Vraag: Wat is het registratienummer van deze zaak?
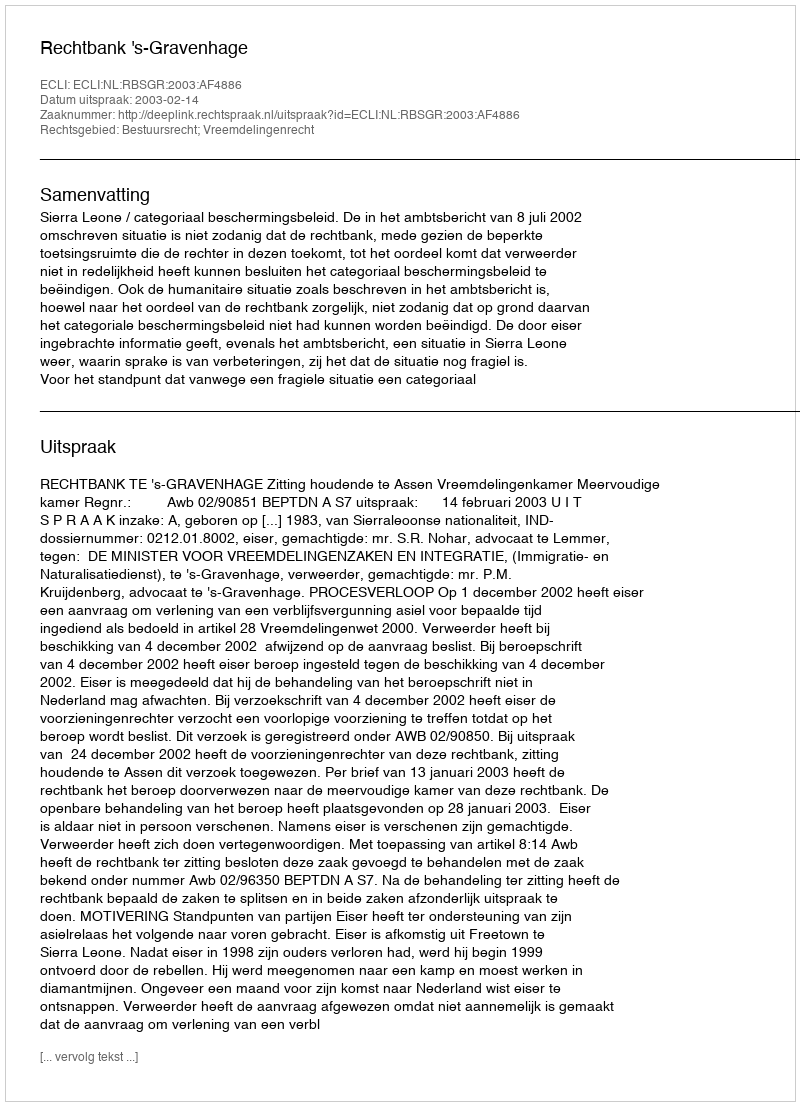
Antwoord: http://deeplink.rechtspraak.nl/uitspraak?id=ECLI:NL:RBSGR:2003:AF4886